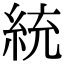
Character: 統